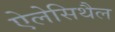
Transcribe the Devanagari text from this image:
ऐलेसिथैल